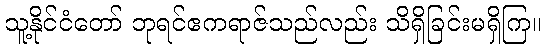
သူ့နိုင်ငံတော် ဘုရင်ဧကရာဇ်သည်လည်း သိရှိခြင်းမရှိကြ။